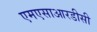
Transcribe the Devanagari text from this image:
एमएसाआरडीसी